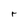
Character: r